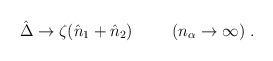
LaTeX: \begin{align*}\hat{\Delta}\rightarrow\zeta(\hat{n}_1+\hat{n}_2)\hspace{10mm} (n_{\alpha}\rightarrow\infty)\;.\end{align*}